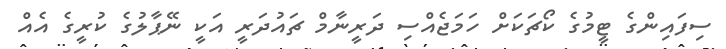
ސިފައިންގެ ޓީމުގެ ކޯޗަކަށް ހަމަޖެއްސި ދަރީނާމް ޗައުދަރީ އަކީ ނޭޕާލުގެ ކުރީގެ އެއް